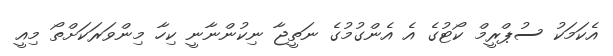
އެކަމަކު ސުޕްރީމް ކޯޓުގެ އެ އެންގުމުގެ ނަތީޖާ ނިކުންނާނީ ކިހާ މިންވަރަކަށްތޯ މިއީ